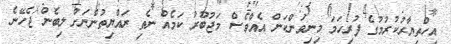
އިހްތިޔާރުކުރުމުގެ ފުރިހަމަ މިނިވަންކަން އެއްވެސް މަޖުބޫރު ކަމެއް ނެތި ރައްޔިތުންނަށް ލިބެން ޖެހޭނެ